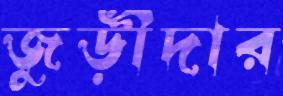
জুড়ীদার